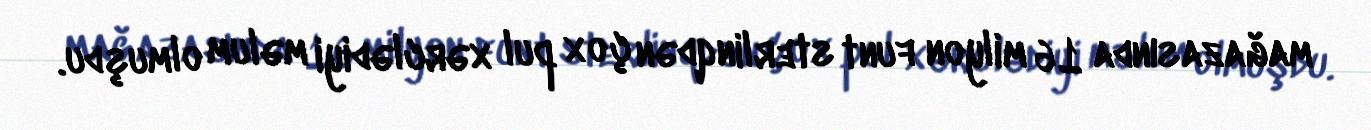
mağazasında 16 milyon funt sterlinqdən çox pul xərclədiyi məlum olmuşdu.